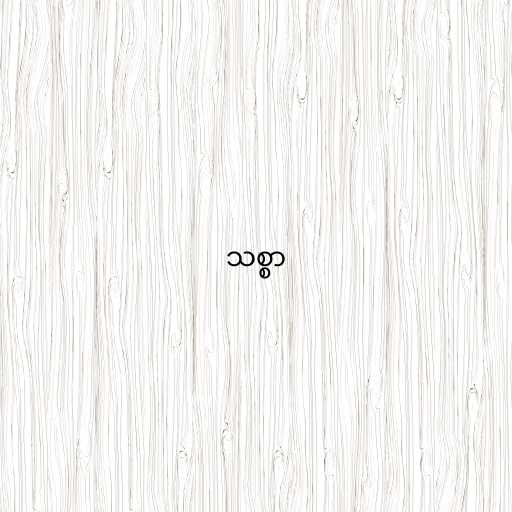
သစ္စာ